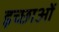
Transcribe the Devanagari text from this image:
इच्छाआें